Indian Civil Veterinary Department memoirs
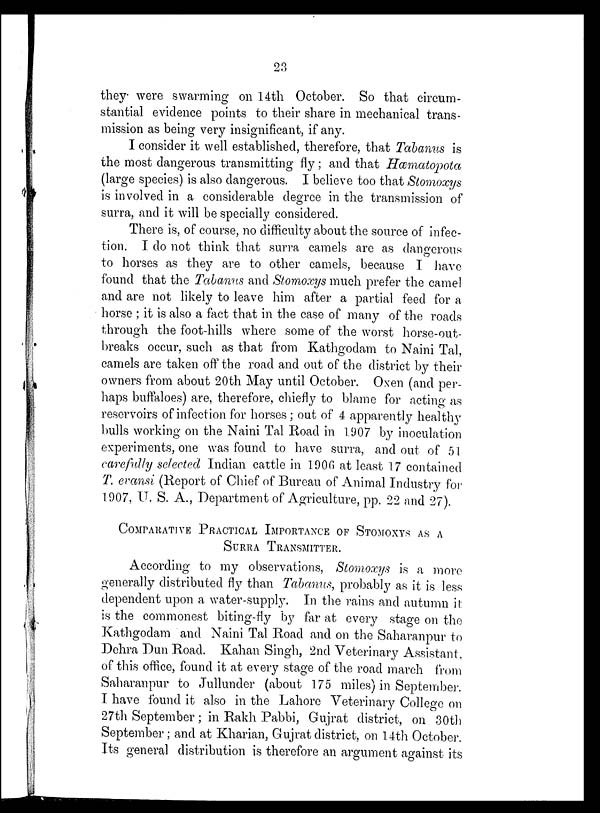
23
they were swarming on 14th October. So that circum-
stantial evidence points to their share in mechanical trans-
mission as being very insignificant, if any.
I consider it well established, therefore, that Tabanus is
the most dangerous transmitting fly; and that Hæmatopota
(large species) is also dangerous. I believe too that Stomoxys
is involved in a considerable degree in the transmission of
surra, and it will be specially considered.
There is, of course, no difficulty about the source of infec-
tion. I do not think that surra camels are as dangerous
to horses as they are to other camels, because I have
found that the Tabanus and Stomoxys much prefer the camel
and are not likely to leave him after a partial feed for a
horse ; it is also a fact that in the case of many of the roads
through the foot-hills where some of the worst horse-out-
breaks occur, such as that from Kathgodam to Naini Tal,
camels are taken off the road and out of the district by their
owners from about 20th May until October. Oxen (and per-
haps buffaloes) are, therefore, chiefly to blame for acting as
reservoirs of infection for horses ; out of 4 apparently healthy
bulls working on the Naini Tal Road in 1907 by inoculation
experiments, one was found to have surra, and out of 51
carefully selected Indian cattle in 1906 at least 17 contained
T. evansi (Report of Chief of Bureau of Animal Industry for
1907, U. S. A., Department of Agriculture, pp. 22 and 27).
COMPARATIVE PRACTICAL IMPORTANCE OF STOMOXYS AS A
SURRA TRANSMITTER.
According to my observations, Stomoxys is a more
generally distributed fly than Tabanus, probably as it is less
dependent upon a water-supply. In the rains and autumn it
is the commonest biting-fly by far at every stage on the
Kathgodam and Naini Tal Road and on the Saharanpur to
Dehra Dun Road. Kahan Singh, 2nd Veterinary Assistant,
of this office, found it at every stage of the road march from
Saharanpur to Jullunder (about 175 miles) in September.
I have found it also in the Lahore Veterinary College on
27th September; in Rakh Pabbi, Gujrat district, on 30th
September; and at Kharian, Gujrat district, on 14th October.
Its general distribution is therefore an argument against its